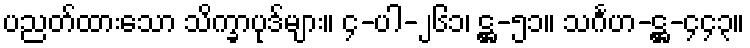
ပညတ်ထားသော သိက္ခာပုဒ်များ။ ၄-ပါ-၂၆၁၊ ဋ္ဌ-၅၁။ သင်္ဂဟ-ဋ္ဌ-၄၄၃။